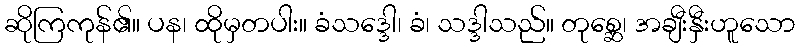
ဆိုကြကုန်၏။ ပန၊ ထိုမှတပါး။ ခံသဒ္ဒေါ၊ ခံ၊ သဒ္ဒါသည်။ တုစ္ဆေ၊ အချီးနှီးဟူသော